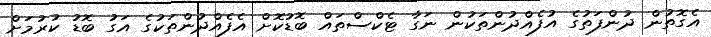
އެގޮތުން ދުންފަތުގެ އުފެއްދުންތަކުން ނަގާ ޓެކްސްތައް ބޮޑުކޮށް އެފެއްދުންތަކުގެ އަގު ބޮޑު ކުރުމަށް